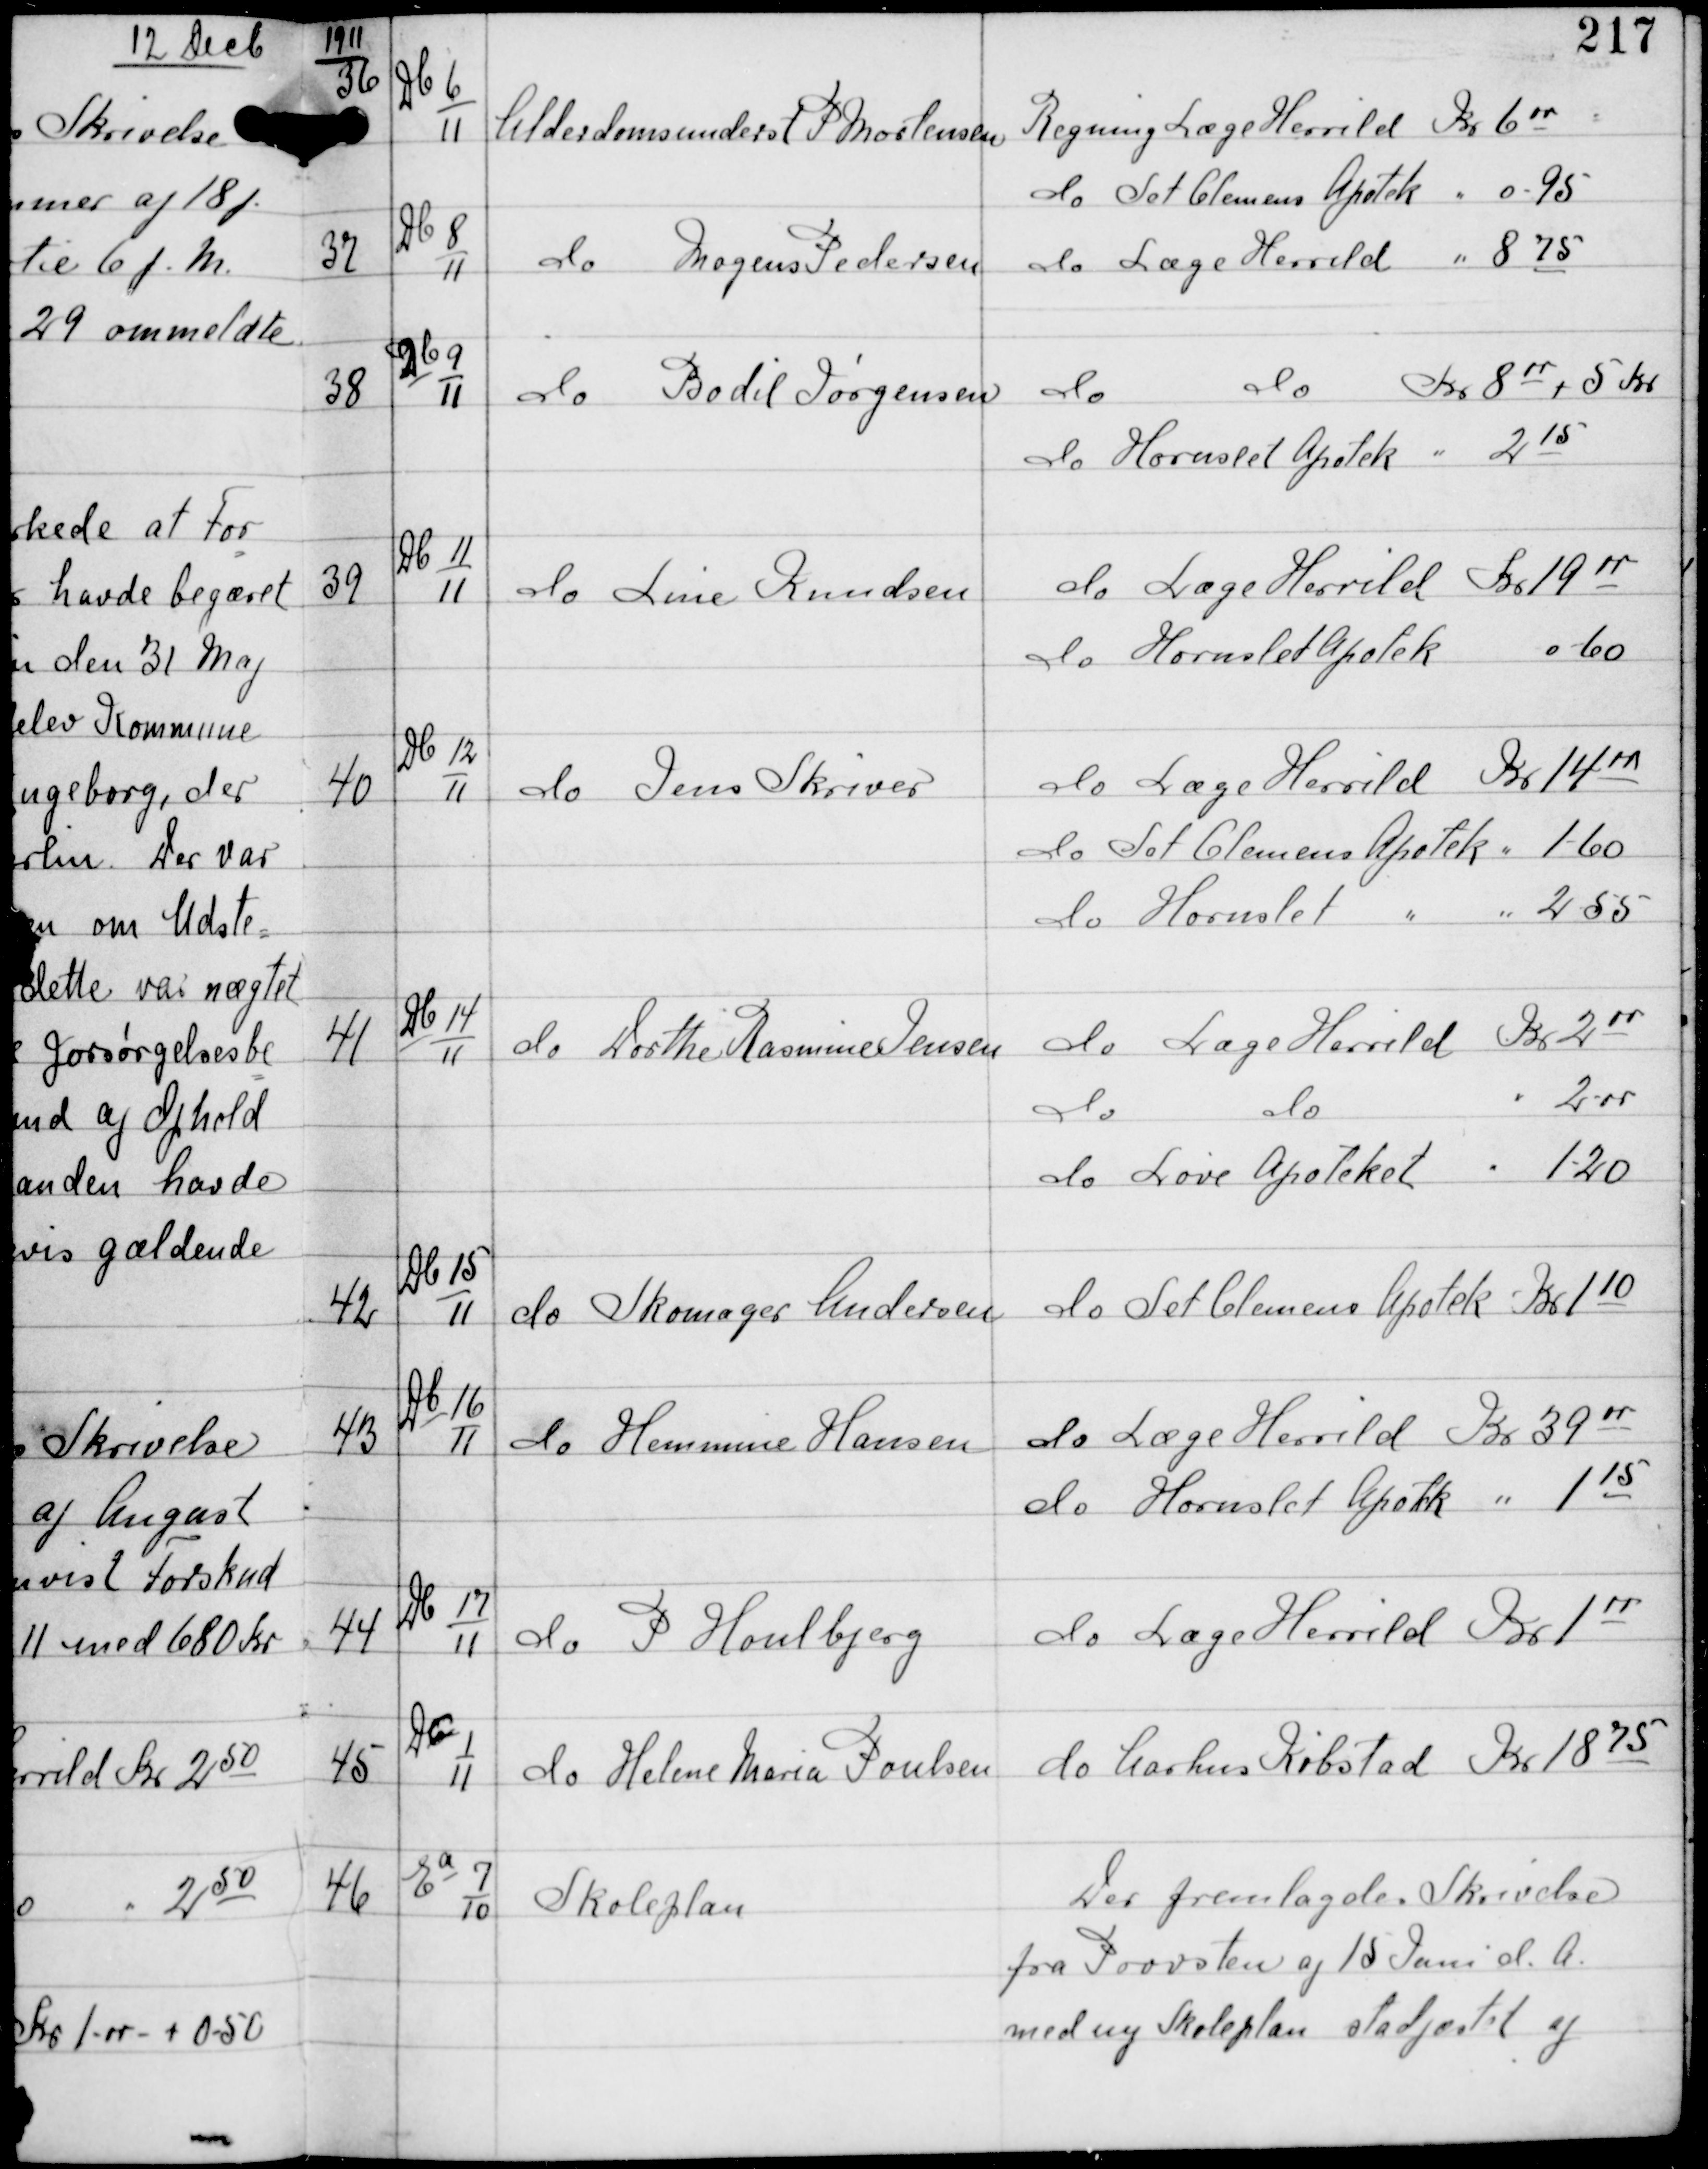
Transskription:
1911

36

Db 6
11

Alderdomsunderst P Mortensen

Regning Læge Herrild Kr 600
do Sct Clemens Apotek " 0-95

37

Db 8
11

do Mogens Pedersen

do Læge Herrild " 8 75

38

Db 9
11

do Bodil Jørgensen

do
do Kr 800 + 5 Kr
do Hornslet Apotek " 215

39

Db 11
11

do Line Knudsen

do Læge Herrild Kr 1900
do Hornslet Apotek 0-60

40

Db 12
11

do Jens Skriver

do Læge Herrild Kr 1400
do Sct Clemens Apotek " 1-60
do Hornslet " " 2.55

41

Db 14
11

do Dorthe Rasmine Jensen

do Læge Herrild Kr 200
do do
" 2-00
do Løve Apotek " 1-20

42

Db 15
11

do Skomager Andersen

do Sct Clemens Apotek Kr 110

43

Db
16
11

do Hemmine Hansen

do Læge Herrild Kr 3900
do Hornslet Apotek " 115

44

Db
17
11

do P Houlberg

do Læge Herrild Kr 100

45

Dc
1
11

do Helene Maria Poulsen

do Aarhus Købstad Kr 1875

46

Ea
7
10

Skoleplan

Der fremlagdes Skrivelse
fra Provsten af 15 Juni d.A.
med ny Skoleplan stadfæstet af